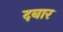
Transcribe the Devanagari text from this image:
दबार